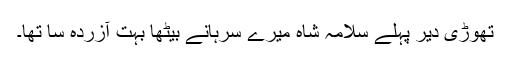
تھوڑی دیر پہلے سلامہ شاہ میرے سرہانے بیٹھا بہت آزردہ سا تھا۔